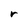
Character: r